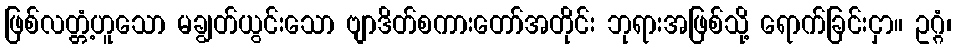
ဖြစ်လတ္တံ့ဟူသော မချွတ်ယွင်းသော ဗျာဒိတ်စကားတော်အတိုင်း ဘုရားအဖြစ်သို့ ရောက်ခြင်းငှာ။ ဥဂ္ဂံ၊